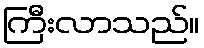
ကြီးလာသည်။